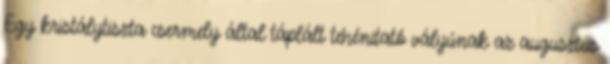
Egy kristálytiszta csermely által táplált tehénitató vályúnak az augusztus